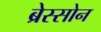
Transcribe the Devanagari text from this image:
ब्रेस्सोन